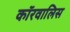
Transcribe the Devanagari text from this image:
कॉरवालिस